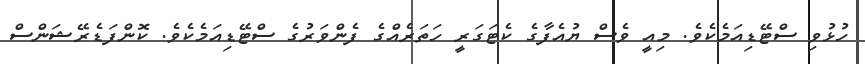
ހުޅުވި ސްޓޭޑިއަމެކެވެ. މިއީ ވެސް ޔުއެފާގެ ކެޓަގަރީ ހަތަރެއްގެ ފެންވަރުގެ ސްޓޭޑިއަމެކެވެ. ކޮންފަޑެރޭޝަންސް